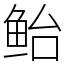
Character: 鲐